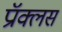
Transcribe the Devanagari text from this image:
प्रॉक्लस